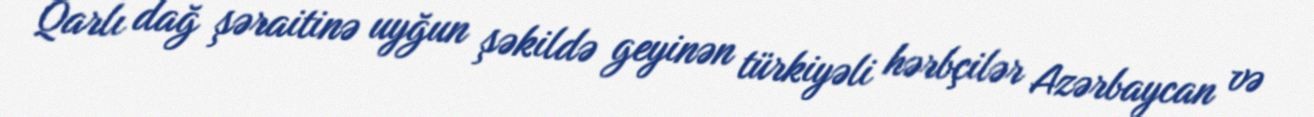
Qarlı dağ şəraitinə uyğun şəkildə geyinən türkiyəli hərbçilər Azərbaycan və